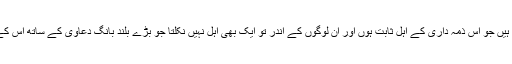
ایسے لوگ بہت کم نکلتے ہیں جو اس ذمہ داری کے اہل ثابت ہوں اور ان لوگوں کے اندر تو ایک بھی اہل نہیں نکلتا جو بڑے بلند بانگ دعاوی کے ساتھ اس کے مدعی بن کر اٹھتے ہیں۔